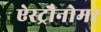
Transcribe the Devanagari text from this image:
ऐस्ट्रौनोमर